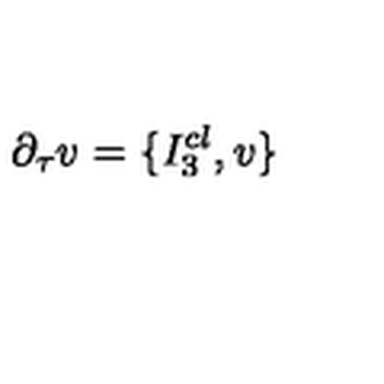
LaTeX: \partial _ { \tau } v = \{ I _ { 3 } ^ { c l } , v \}